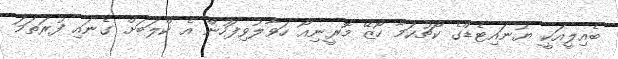
ބެއިލީއަކީ ޔުނައިޓެޑްގެ ކޯޗުކަމާ ހޯޒޭ މޮރީނިއޯ ހަވާލުވިފަހުން އެ ކްލަބަށް ގެނައި ފުރަތަމަ